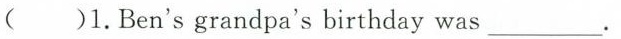
( )1.Ben's grandpa's birthday was_______.